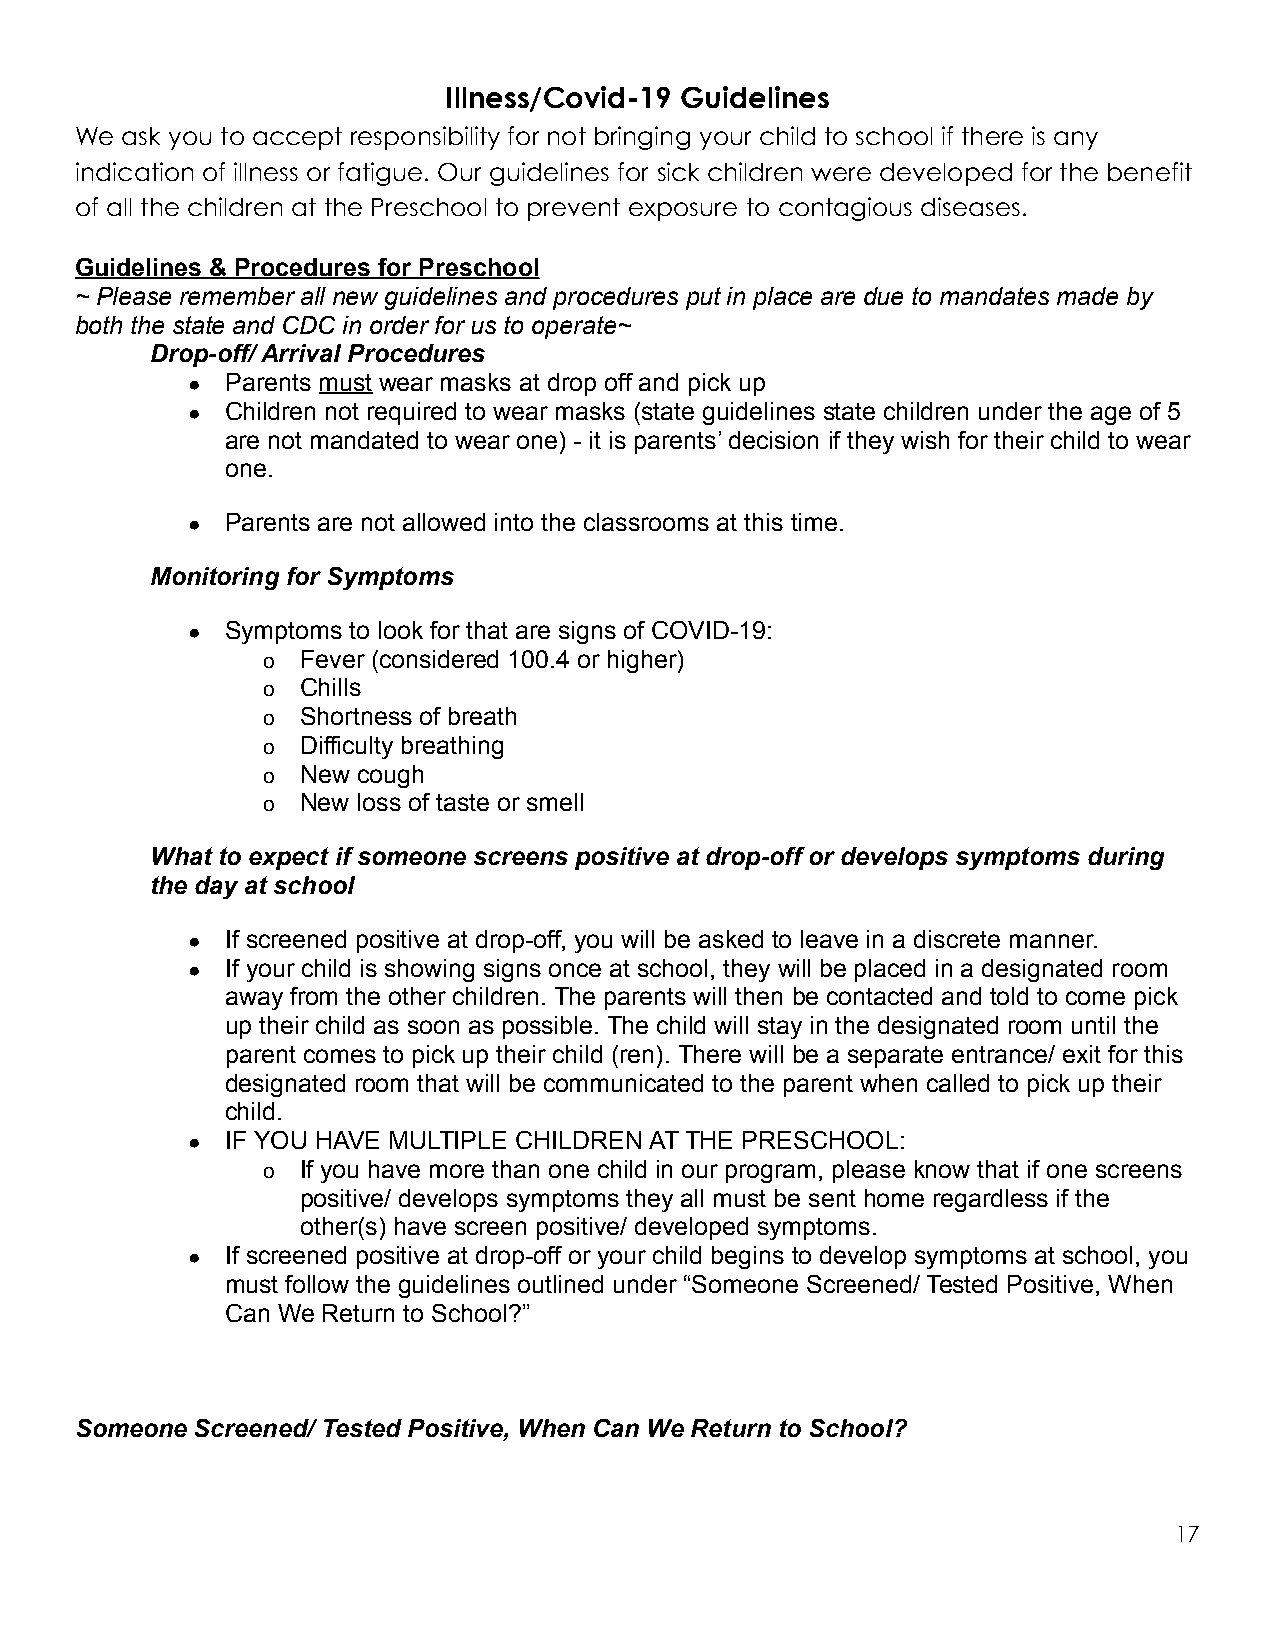
Illness/Covid-19 Guidelines
 We ask you to accept responsibility for not bringing your child to school if there is any
 indication of illness or fatigue. Our guidelines for sick children were developed for the benefit
 of all the children at the Preschool to prevent exposure to contagious diseases.
 Guidelines & Procedures for Preschool
 ~ Please remember all new guidelines and procedures put in place are due to mandates made by
 both the state and CDC in order for us to operate~
 Drop-off/ Arrival Procedures
 ●  Parents must wear masks at drop off and pick up
 ●  Children not required to wear masks (state guidelines state children under the age of 5
 are not mandated to wear one) - it is parents’ decision if they wish for their child to wear
 one.
 ●  Parents are not allowed into the classrooms at this time.
 Monitoring for Symptoms
 ●  Symptoms to look for that are signs of COVID-19:
 o  Fever (considered 100.4 or higher)
 o  Chills
 o  Shortness of breath
 o  Difficulty breathing
 o  New cough
 o  New loss of taste or smell
 What to expect if someone screens positive at drop-off or develops symptoms during
 the day at school
 ●  If screened positive at drop-off, you will be asked to leave in a discrete manner.
 ●  If your child is showing signs once at school, they will be placed in a designated room
 away from the other children. The parents will then be contacted and told to come pick
 up their child as soon as possible. The child will stay in the designated room until the
 parent comes to pick up their child (ren). There will be a separate entrance/ exit for this
 designated room that will be communicated to the parent when called to pick up their
 child.
 ●  IF YOU HAVE MULTIPLE CHILDREN AT THE PRESCHOOL:
 o  If you have more than one child in our program, please know that if one screens
 positive/ develops symptoms they all must be sent home regardless if the
 other(s) have screen positive/ developed symptoms.
 ●  If screened positive at drop-off or your child begins to develop symptoms at school, you
 must follow the guidelines outlined under “Someone Screened/ Tested Positive, When
 Can We Return to School?”
 Someone Screened/ Tested Positive, When Can We Return to School?
 17